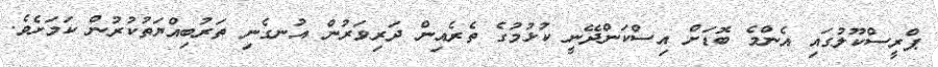
ޕްރީސްކޫލުގައި އެންމެ ބޮޑަށް އިސްކަންދޭނީ ކުޅުމުގެ ތެރެއިން ދަރިވަރުން އުނގެނި ތަރުބިއްޔަތުކުރުން ކަމަށެވެ.